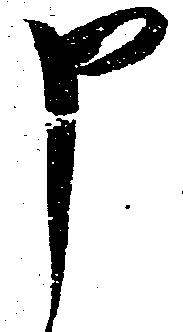
申